Punjab Mental Hospital Lahore 1932-46 - 1932-1946
Year: 1932
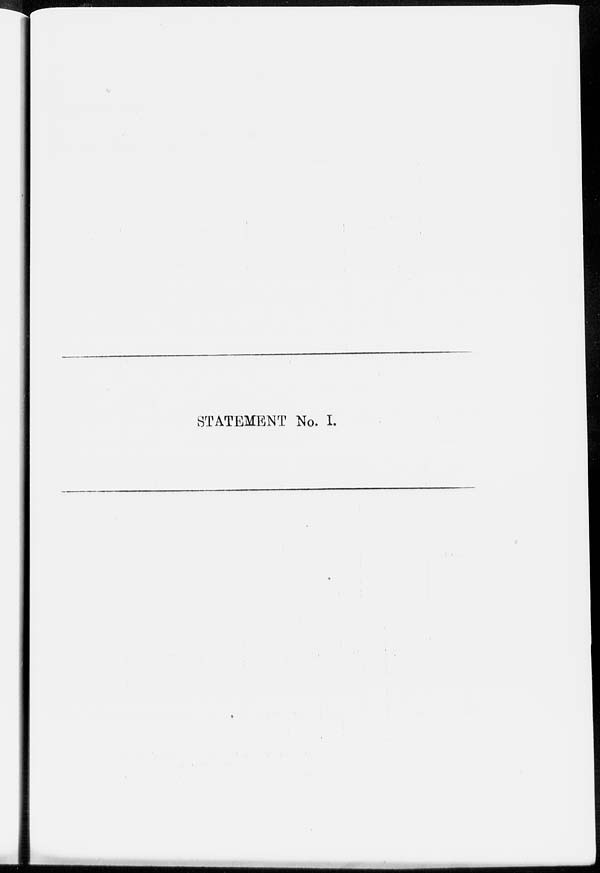
STATEMENT No. I.